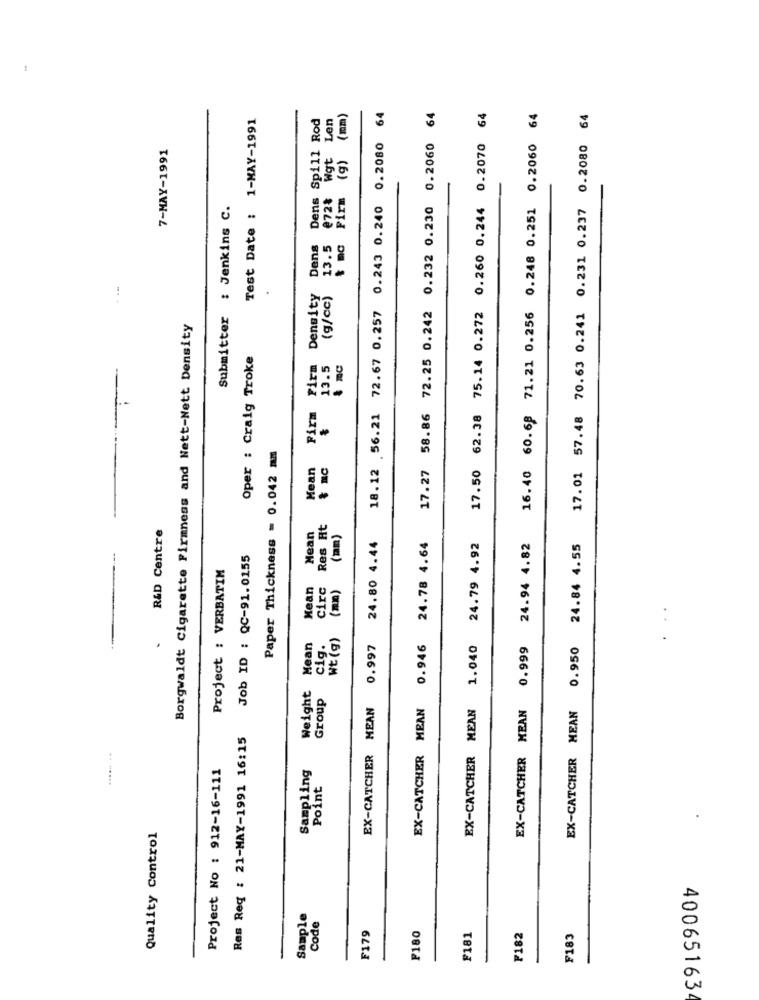
Test Date : 1-MAY-1991
Dens Spill Rod
Len
(g) (mm)
18.12 56.21 72.67 0.257 0.243 0.240 0.2080 64
17.27 58.86 72.25 0.242 0.232 0.230 0.2060 64
17.50 62.38 75.14 0.272 0.260 0.244 0.2070 64
16.40 60.68 71.21 0.256 0.248 0.251 0.2060 64
17.01 57.48 70.63 0.241 0.231 0.237 0.2080 64
7-MAY-1991
Wgt
t mc Firm
€72₺
Submitter : Jenkins C.
Dans
13.5
Firm Firm Density
(g/cc)
Borgwaldt Cigarette Firmness and Nett-Nett Density
Oper : Craig Troke
13.5
& mc
1 .-
Paper Thickness = 0.042 MM
Mean
R&D Centre
Res Ht
Mean
(mm)
24.80 4.44
EX-CATCHER MEAN 0.946 24.78 4.64
EX-CATCHER MEAN 1.040 24.79 4.92
EX-CATCHER MEAN 0.999 24.94 4.82
EX-CATCHER MEAN 0.950 24.84 4.55
Job ID : QC-91.0155
Project : VERBATIM
Kean
circ
(mm)
Wt (g)
Mean
cig.
0.997
Weight
Group
EX-CATCHER MEAN
Res Req : 21-MAY-1991 16:15
Project No : 912-16-111
Sampling
Point
Quality Control
Sample
Code
F180
F179
F181
F182
F183
40065163